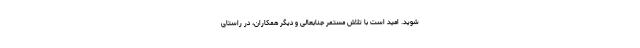
‌شوید. امید است با تلاش مستمر جنابعالی و دیگر همکاران، در راستای